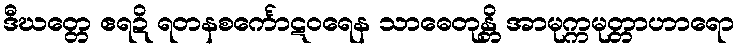
ဒီဃတ္တေ ဧရဍိ ရတနစင်္ကောဋဝရေန သာဓေတုန္တိ အာမုက္ကမုတ္တာဟာရော